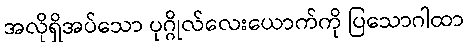
အလိုရှိအပ်သော ပုဂ္ဂိုလ်လေးယောက်ကို ပြသောဂါထာ